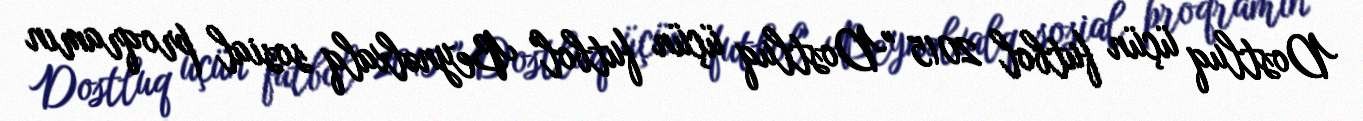
Dostluq üçün futbol 2015 "Dostluq üçün futbol" Beynəlxalq sosial proqramın